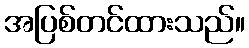
အပြစ်တင်ထားသည်။